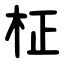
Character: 柾